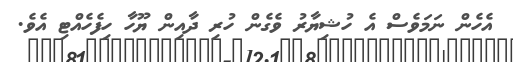
އެހެން ނަމަވެސް އެ ހުޝިޔާރު ވެގެން ހުރި ދާއިން ޔޫހާ ހިފެހެއްޓި އެވެ.